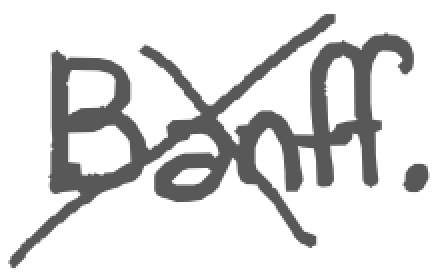
Text: Banff.
Cross-out: cross
Writing tool: digital_gray